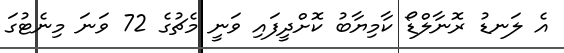
އެ ލަނޑު ރޮނާލްޑޯ ކާމިޔާބު ކޮށްދީފައި ވަނީ މެޗުގެ 72 ވަނަ މިނެޓުގަ